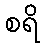
စရိ